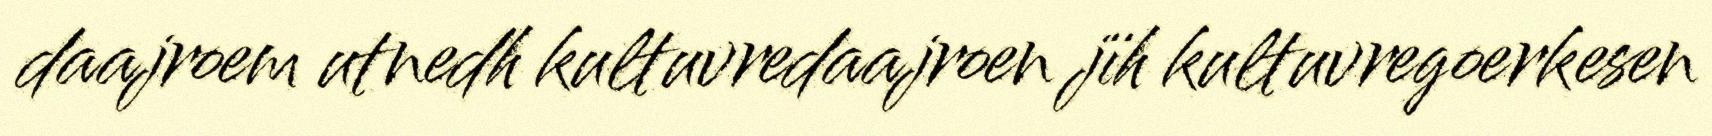
daajroem utnedh kultuvredaajroen jïh kultuvregoerkesen